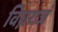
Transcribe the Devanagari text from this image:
विघ्नराजं